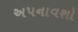
અપનાવશો